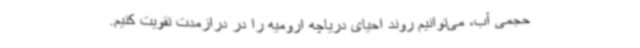
حجمی آب، می‌توانیم روند احیای دریاچه ارومیه را در درازمدت تقویت کنیم.